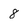
Character: 8